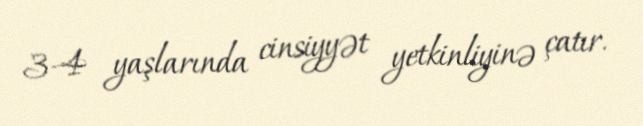
3-4 yaşlarında cinsiyyət yetkinliyinə çatır.